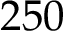
2 5 0